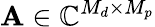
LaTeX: \mathbf{A}\in\mathbb{C}^{M_{d}\times M_{p}}